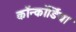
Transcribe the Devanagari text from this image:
कॉन्कॉर्डिया